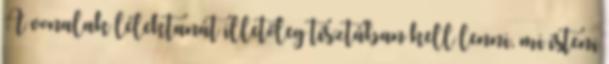
A vonalak lélektanát illetőleg tisztában kell lenni, mi isteni